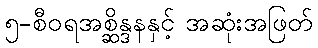
၅-စီဝရအစ္ဆိန္ဒနနှင့် အဆုံးအဖြတ်